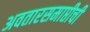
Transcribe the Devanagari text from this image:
अवतारसमाप्तीची